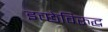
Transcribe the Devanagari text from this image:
इच्छेविरुद्ध